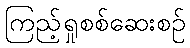
ကြည့်ရှုစစ်ဆေးစဉ်